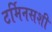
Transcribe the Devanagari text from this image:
टर्मिनसशी